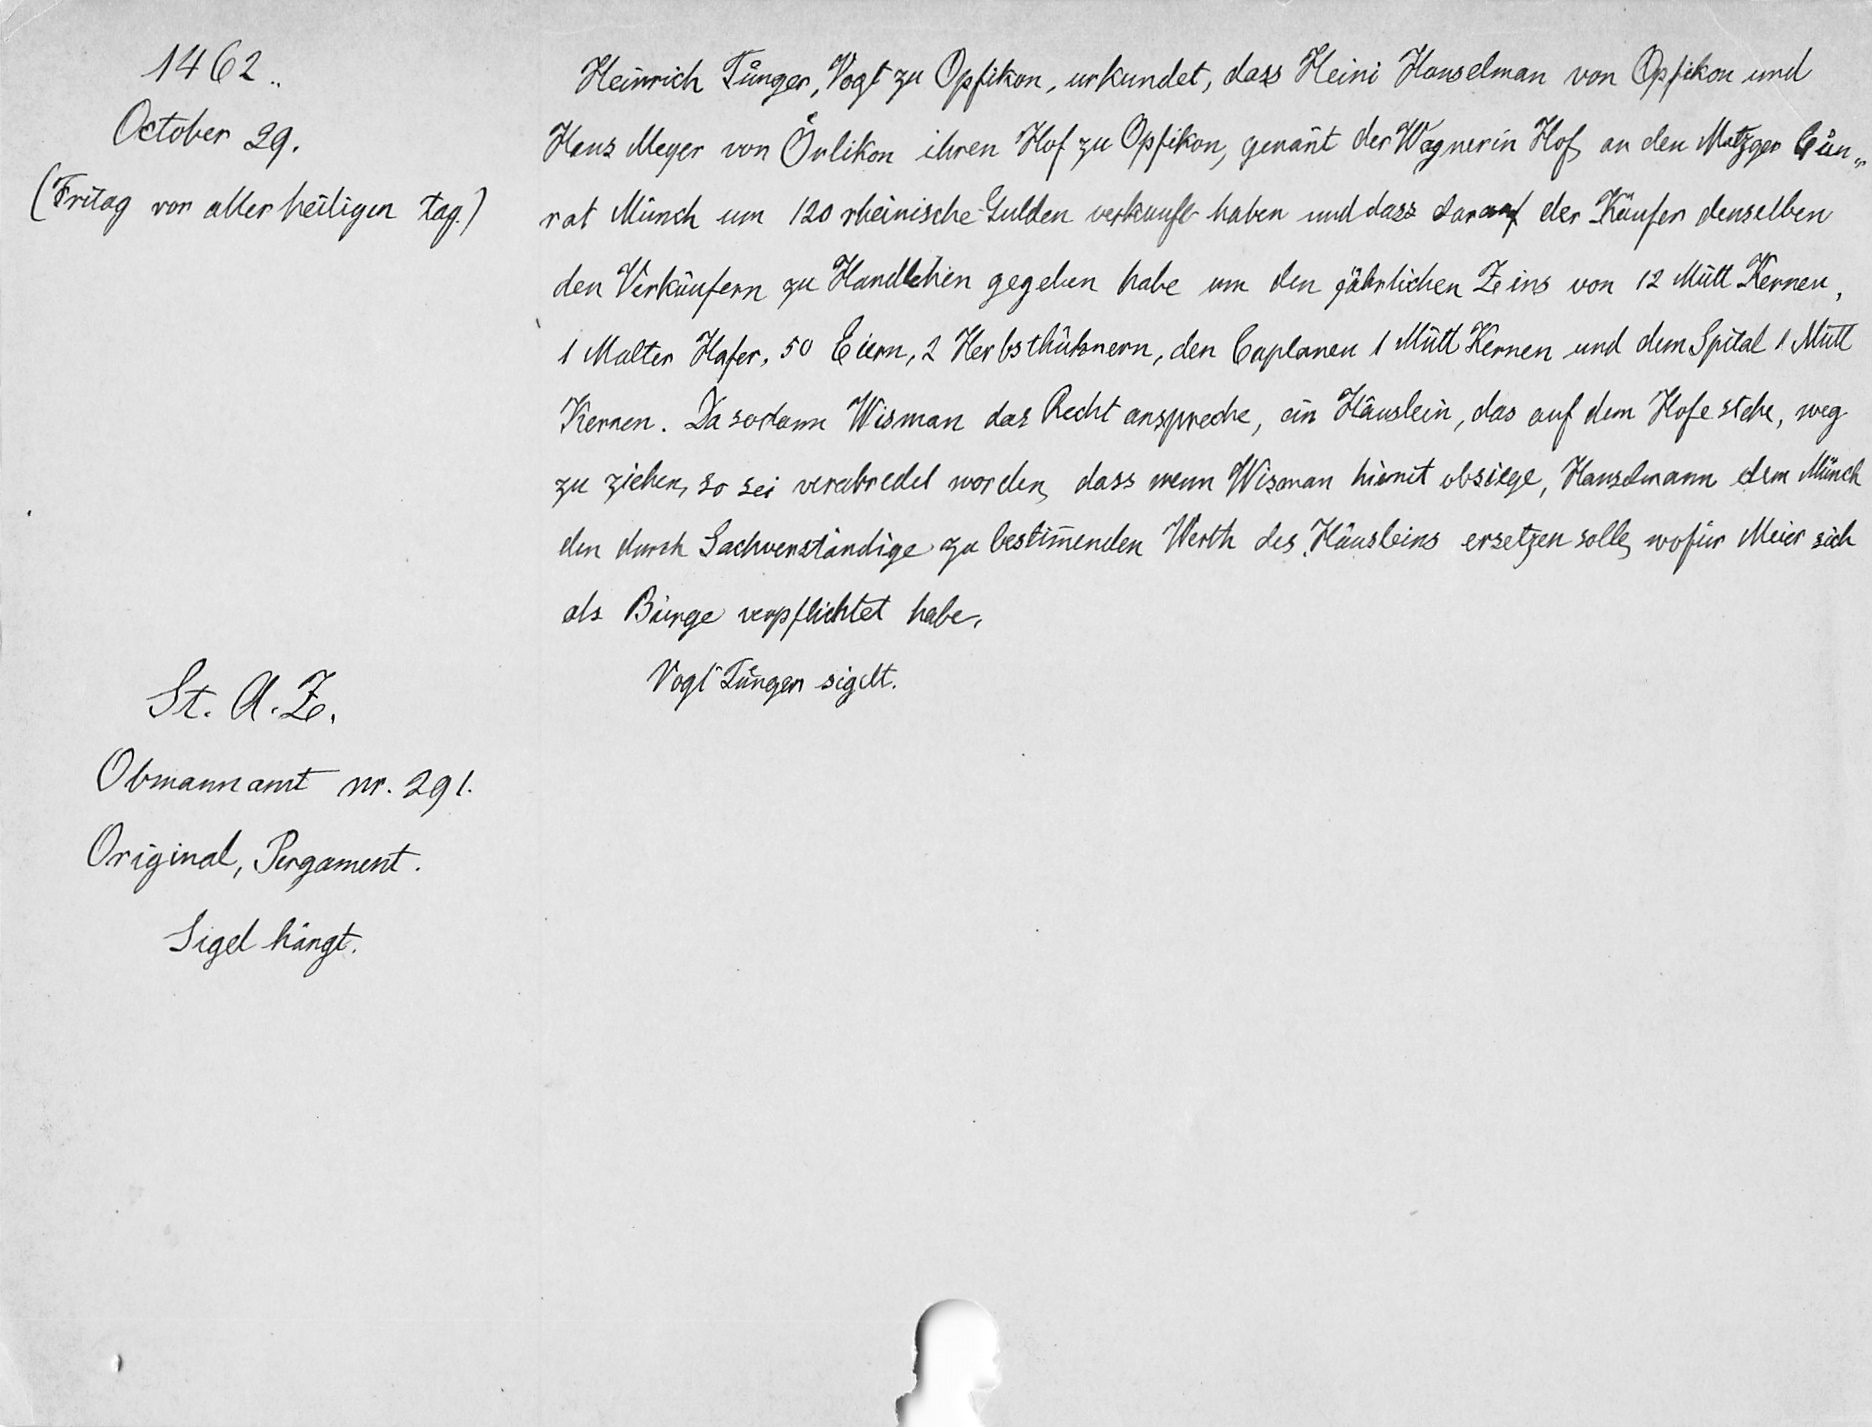
1462
October 29.
(Freitag von aller heiligen Tag)
St. A Z.
Obmannamt nr. 291.
Original, Pergament.
Sigel hängt.

Heinrich Tuͤnger, Vogt zu Opfikon, urkundet, dass Heini Hauselman von Opfikon und
Hans Meyer von Oͤrlikon ihren Hof zu Opfikron, genan̄nt der Wagnerin Hof an den Metzger Cuͦn
rat Münch um 120 rheinische Gulden verkauft haben und dass darauf der Käufer denselben
den Verkäufer zu Hanndlehen gegeben habt, um den jährlichen Zins von 12 Mütt Kernen
1 Malter Hafer, 50 eier, 2 Herbsthûhnern, den Caplaner 1 Mütt Kernen und dem Spital 1 Mütt
Kernen. Da sodann Wisman das Recht anspreche, in Häuslein, das auf den Hof stehe, weg
zu ziehen, so sei verabredet worden, dass wenn Wisman hirmt obsiege, Hauselmann dem Münd
den durch Sachverständige zu bestimmenden Werth des Häusleins ersetzen solle, wofür Meier sich
als Bürge verpflichtet habe,
Vogt Tuͤnger sigelt.